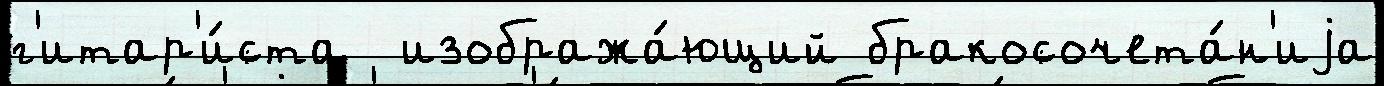
г'итар'и́ста  изобража́ющий бракосочета́н'иjа